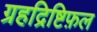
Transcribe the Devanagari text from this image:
ग्रहद्रिष्टिफ़ल